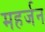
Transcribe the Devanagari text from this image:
महर्जन